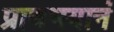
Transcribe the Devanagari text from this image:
प्राणभयानं